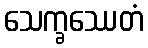
သေက္ခဿေတံ